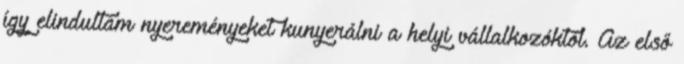
így elindultam nyereményeket kunyerálni a helyi vállalkozóktól. Az első